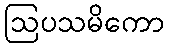
ဩပသမိကော